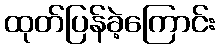
ထုတ်ပြန်ခဲ့ကြောင်း